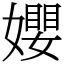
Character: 𡢞